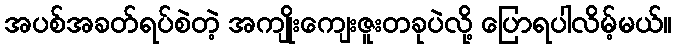
အပစ်အခတ်ရပ်စဲတဲ့ အကျိုးကျေးဇူးတခုပဲလို့ ပြောရပါလိမ့်မယ်။